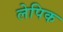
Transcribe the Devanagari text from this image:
लेपिक